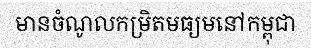
មានចំណូលកម្រិតមធ្យមនៅកម្ពុជា